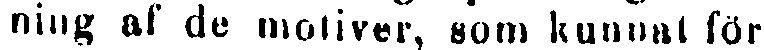
ning af de motiver, som kunnat för-